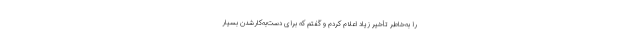
را به‌خاطر تأخیر زیاد اعلام کردم و گفتم که برای دست‌به‌کارشدن بسیار